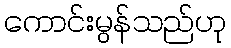
ကောင်းမွန်သည်ဟု